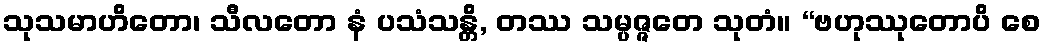
သုသမာဟိတော၊ သီလတော နံ ပသံသန္တိ, တဿ သမ္ပဇ္ဇတေ သုတံ။ “ဗဟုဿုတောပိ စေ